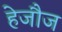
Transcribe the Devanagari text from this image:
हेजौज